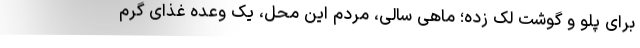
برای پلو و گوشت لک زده؛ ماهی سالی، مردم این محل، یک وعده غذای گرم